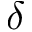
\delta